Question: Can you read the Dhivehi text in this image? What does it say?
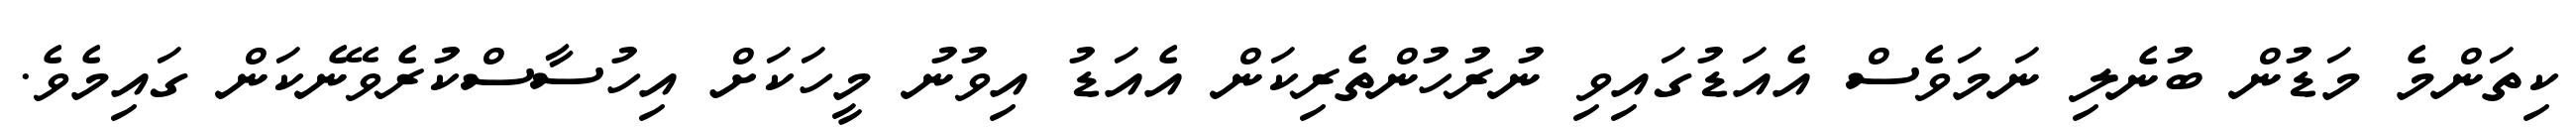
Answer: ކިތަންމެ މަޑުން ބުނެލި ނަމަވެސް އެއަޑުގައިވި ނުރުހުންތެރިކަން އެއަޑު އިވުނު މީހަކަށް އިހުސާސްކުރެވޭނެކަން ގައިމެވެ.